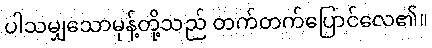
ပါသမျှသောမုန့်တို့သည် တက်တက်ပြောင်လေ၏။